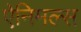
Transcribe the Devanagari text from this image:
ऐनिमल्स